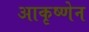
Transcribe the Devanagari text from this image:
आकृष्णेन